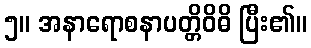
၅။ အနာရောစနာပတ္တိဝိဓိ ပြီး၏။